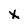
Character: x